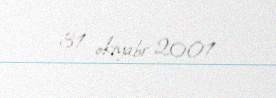
31 oktyabr 2001